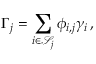
\Gamma _ { j } = \sum _ { i \in \mathscr { S } _ { j } } \phi _ { i , j } \gamma _ { i } \, ,